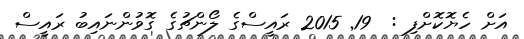
އަށް ހެޔޮކޮށްފި :  19